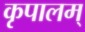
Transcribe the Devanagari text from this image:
कृपालम्